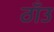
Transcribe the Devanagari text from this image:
ठाँउ